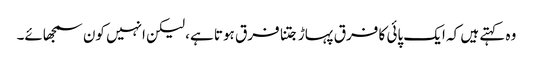
وہ کہتے ہیں کہ ایک پائی کا فرق پہاڑ جتنا فرق ہوتا ہے، لیکن انہیں کون سمجھائے۔